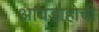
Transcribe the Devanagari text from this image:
आयडाहोची